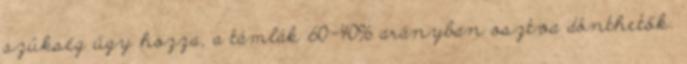
szükség úgy hozza, a támlák 60-40% arányban osztva dönthetők.